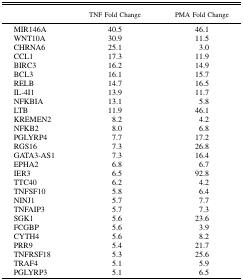
<table><thead><tr><td></td><td><b>TNF Fold Change</b></td><td><b>PMA Fold Change</b></td></tr></thead><tbody><tr><td>MIR146A</td><td>40.5</td><td>46.1</td></tr><tr><td>WNT10A</td><td>30.9</td><td>11.5</td></tr><tr><td>CHRNA6</td><td>25.1</td><td>3.0</td></tr><tr><td>CCL1</td><td>17.3</td><td>11.9</td></tr><tr><td>BIRC3</td><td>16.2</td><td>14.9</td></tr><tr><td>BCL3</td><td>16.1</td><td>15.7</td></tr><tr><td>RELB</td><td>14.7</td><td>16.5</td></tr><tr><td>IL-4I1</td><td>13.9</td><td>11.7</td></tr><tr><td>NFKBIA</td><td>13.1</td><td>5.8</td></tr><tr><td>LTB</td><td>11.9</td><td>46.1</td></tr><tr><td>KREMEN2</td><td>8.2</td><td>4.2</td></tr><tr><td>NFKB2</td><td>8.0</td><td>6.8</td></tr><tr><td>PGLYRP4</td><td>7.7</td><td>17.2</td></tr><tr><td>RGS16</td><td>7.3</td><td>26.8</td></tr><tr><td>GATA3-AS1</td><td>7.3</td><td>16.4</td></tr><tr><td>EPHA2</td><td>6.8</td><td>6.7</td></tr><tr><td>IER3</td><td>6.5</td><td>92.8</td></tr><tr><td>TTC40</td><td>6.2</td><td>4.2</td></tr><tr><td>TNFSF10</td><td>5.8</td><td>6.4</td></tr><tr><td>NINJ1</td><td>5.7</td><td>7.7</td></tr><tr><td>TNFAIP3</td><td>5.7</td><td>7.3</td></tr><tr><td>SGK1</td><td>5.6</td><td>23.6</td></tr><tr><td>FCGBP</td><td>5.6</td><td>3.9</td></tr><tr><td>CYTH4</td><td>5.6</td><td>8.2</td></tr><tr><td>PRR9</td><td>5.4</td><td>21.7</td></tr><tr><td>TNFRSF18</td><td>5.3</td><td>25.6</td></tr><tr><td>TRAF4</td><td>5.1</td><td>5.9</td></tr><tr><td>PGLYRP3</td><td>5.1</td><td>6.5</td></tr></tbody></table>